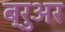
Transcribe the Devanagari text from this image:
ब्रुअर